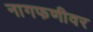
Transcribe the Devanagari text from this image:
नागफणीवर